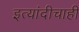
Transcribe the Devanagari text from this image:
इत्यांदीचाही